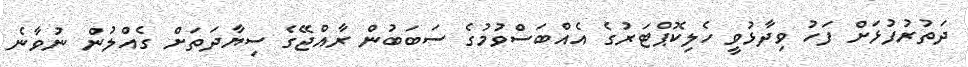
ދަތުރުފުޅަށް ފަހު ވިދާޅުވީ ހެލިކޮޕްޓަރުގެ އެއްބަސްވުމުގެ ސަބަބުން ރާއްޖޭގެ ސިޔާދަތަށް ގެއްލުން ނުވާނެ